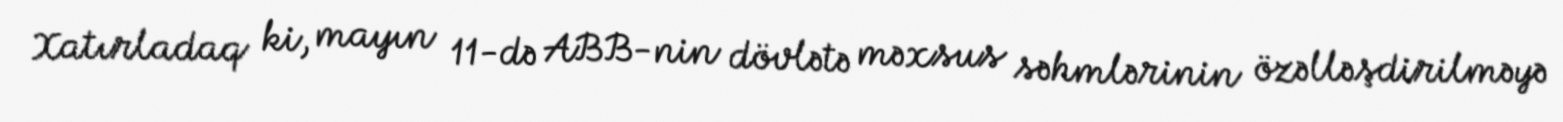
Xatırladaq ki, mayın 11-də ABB-nin dövlətə məxsus səhmlərinin özəlləşdirilməyə